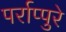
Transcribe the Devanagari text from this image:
पर्राप्पुरे